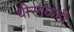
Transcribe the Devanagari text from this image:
वीरगळही